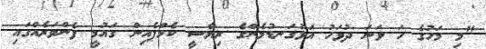
"މި މަހުގެ ހަ ވަނަ ދުވަހު އަޅުގަނޑުމެންގެ ރިޔާސީ ކެމްޕެއިން ގައުމީ ފެންވަރެއްގައި